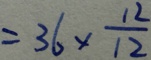
= 3 6 \times \frac { 1 2 } { 1 2 }